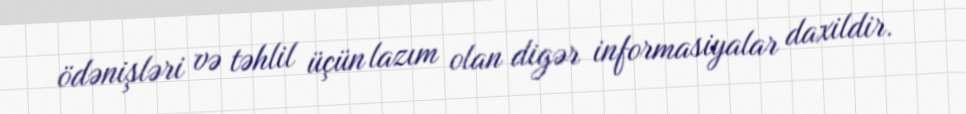
ödənişləri və təhlil üçün lazım olan digər informasiyalar daxildir.